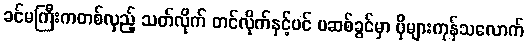
ခင်မကြီးကတစ်လှည့် သတ်လိုက် တင်လိုက်နှင့်ပင် ပဆစ်ခွင်မှာ ပိုများကုန်သလောက်